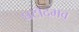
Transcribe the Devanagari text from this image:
घटोद्भव